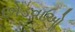
છોડવાઓૢ